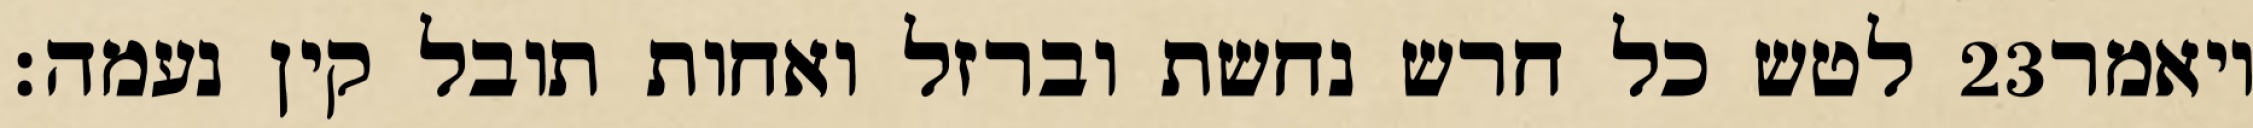
לטש כל חרש נחשת וברזל ואחות תובל קין נעמה׃ ‎23‏ ויאמר